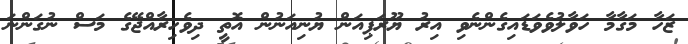
ޒަހާ މަގާމާ ހަވާލުވެވަޑައިގެންނެވި އިރު ޔޫރަޕިއަން ޔުނިއަނުން އޮތީ ދިވެހިރާއްޖޭގެ މަސް ނުގަންނަ